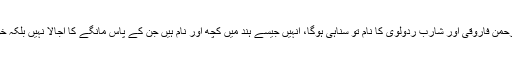
آپ نے شمس الرحمن فاروقی اور شارِب رُدَولوی کا نام تو سناہی ہوگا، اُنہیں جیسے ہند میں کچھ اور نام ہیں جن کے پاس مانگے کا اُجالا نہیں بلکہ خود کا چراغ ہے۔